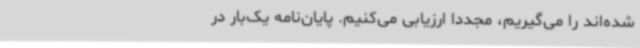
شده‌اند را می‌گیریم، مجددا ارزیابی می‌کنیم. پایان‌نامه یک‌بار در